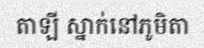
តាឡី ស្នាក់នៅភូមិតា